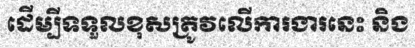
ដើម្បីទទួលខុសត្រូវលើការងារនេះ និង